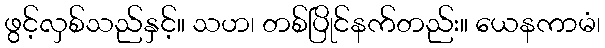
ဖွင့်လှစ်သည်နှင့်။ သဟ၊ တစ်ပြိုင်နက်တည်း။ ယေနကာမံ၊